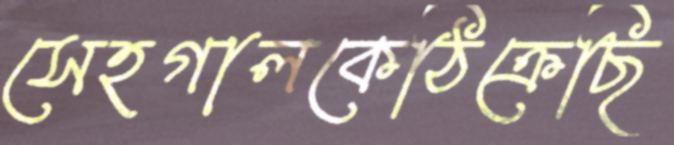
সেহগালকেঠিক্‌রেছি